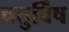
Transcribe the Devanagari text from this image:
चतुर्विंष